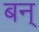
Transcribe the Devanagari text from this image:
बन्